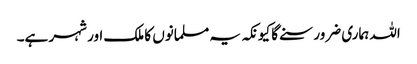
اللہ ہماری ضرور سنے گا کیونکہ یہ مسلمانوں کا ملک اور شہر ہے۔